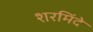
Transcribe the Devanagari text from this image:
शरमिंदे